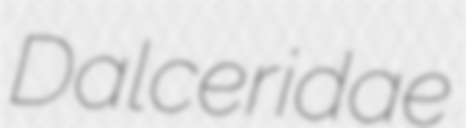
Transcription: Dalceridae